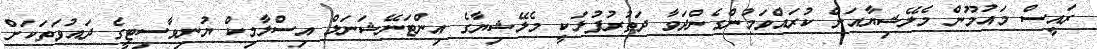
ރައީސް މައުމޫން މެލޭޝިޔާއަށް ކުރައްވަމުންގެންދަވާ ދަތުރުފުޅަކީ މެލޭޝިޔާގެ އިންޓަނޭޝަނަލް އިސްލާމިކް ޔުނިވާސިޓީގެ ދައުވަތަކަށް